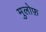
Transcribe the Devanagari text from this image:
मुलोफ़